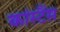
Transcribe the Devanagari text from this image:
कांस्टैंस